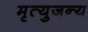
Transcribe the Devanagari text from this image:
मृत्युजन्य